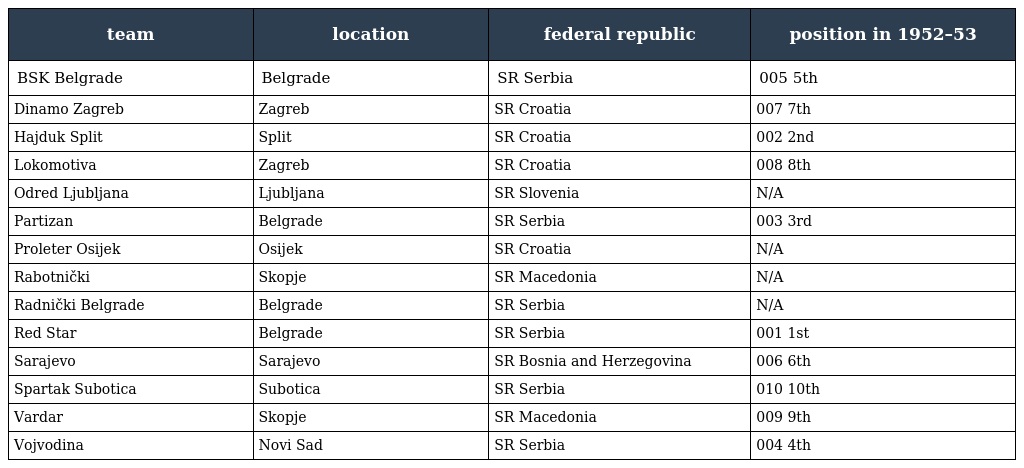
| team | location | federal republic | position in 1952–53 |
 | --- | --- | --- | --- |
 | BSK Belgrade | Belgrade | SR Serbia | 005 5th |
 | Dinamo Zagreb | Zagreb | SR Croatia | 007 7th |
 | Hajduk Split | Split | SR Croatia | 002 2nd |
 | Lokomotiva | Zagreb | SR Croatia | 008 8th |
 | Odred Ljubljana | Ljubljana | SR Slovenia | N/A |
 | Partizan | Belgrade | SR Serbia | 003 3rd |
 | Proleter Osijek | Osijek | SR Croatia | N/A |
 | Rabotnički | Skopje | SR Macedonia | N/A |
 | Radnički Belgrade | Belgrade | SR Serbia | N/A |
 | Red Star | Belgrade | SR Serbia | 001 1st |
 | Sarajevo | Sarajevo | SR Bosnia and Herzegovina | 006 6th |
 | Spartak Subotica | Subotica | SR Serbia | 010 10th |
 | Vardar | Skopje | SR Macedonia | 009 9th |
 | Vojvodina | Novi Sad | SR Serbia | 004 4th |